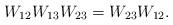
LaTeX: \begin{align*}W_{12} W_{13} W_{23} = W_{23} W_{12}.\end{align*}